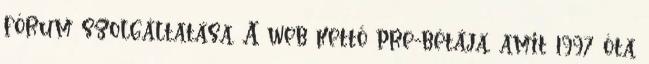
fórum szolgáltatása. A web kettő pre-bétája, amit 1997 óta